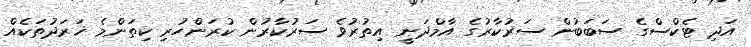
އަދި ޓެކްސްގެ ސަބަބުން ސަރުކާރުގެ އާމްދަނީ އިތުރުވެ ސަރުކާރުން ކުރަންހުރި ކިތަންމެ ޚަރަދުތަކެއް